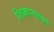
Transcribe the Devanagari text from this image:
शिकाऱ्याला